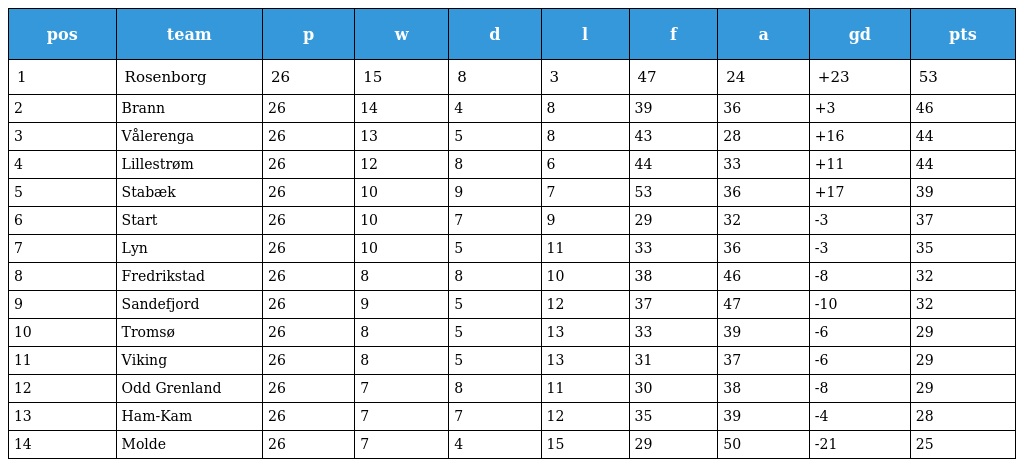
| pos | team | p | w | d | l | f | a | gd | pts |
 | --- | --- | --- | --- | --- | --- | --- | --- | --- | --- |
 | 1 | Rosenborg | 26 | 15 | 8 | 3 | 47 | 24 | +23 | 53 |
 | 2 | Brann | 26 | 14 | 4 | 8 | 39 | 36 | +3 | 46 |
 | 3 | Vålerenga | 26 | 13 | 5 | 8 | 43 | 28 | +16 | 44 |
 | 4 | Lillestrøm | 26 | 12 | 8 | 6 | 44 | 33 | +11 | 44 |
 | 5 | Stabæk | 26 | 10 | 9 | 7 | 53 | 36 | +17 | 39 |
 | 6 | Start | 26 | 10 | 7 | 9 | 29 | 32 | -3 | 37 |
 | 7 | Lyn | 26 | 10 | 5 | 11 | 33 | 36 | -3 | 35 |
 | 8 | Fredrikstad | 26 | 8 | 8 | 10 | 38 | 46 | -8 | 32 |
 | 9 | Sandefjord | 26 | 9 | 5 | 12 | 37 | 47 | -10 | 32 |
 | 10 | Tromsø | 26 | 8 | 5 | 13 | 33 | 39 | -6 | 29 |
 | 11 | Viking | 26 | 8 | 5 | 13 | 31 | 37 | -6 | 29 |
 | 12 | Odd Grenland | 26 | 7 | 8 | 11 | 30 | 38 | -8 | 29 |
 | 13 | Ham-Kam | 26 | 7 | 7 | 12 | 35 | 39 | -4 | 28 |
 | 14 | Molde | 26 | 7 | 4 | 15 | 29 | 50 | -21 | 25 |